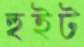
হুইট